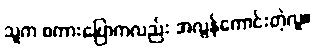
သူက စကားပြောကလည်း အလွန်ကောင်းတဲ့လူ။